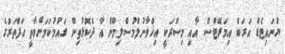
ޔުނައިޓެޑް އަރަބް އިމަރޭޓްސް އާއި މިސްރަކީ އިޚްވާނުލްމުސްލިމޫން އާ ދެކޮޅުތިން ގައުމުކަމަށްވާތީ ހަފްތަރުގެ